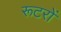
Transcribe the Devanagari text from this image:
रूटरों